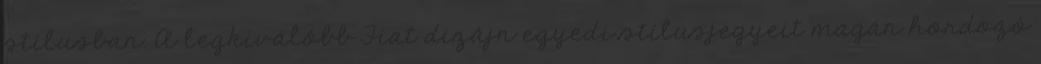
stílusban. A legkiválóbb Fiat dizájn egyedi stílusjegyeit magán hordozó